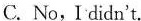
C. No,I didn't.